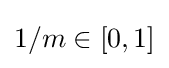
1/m\in [0,1]